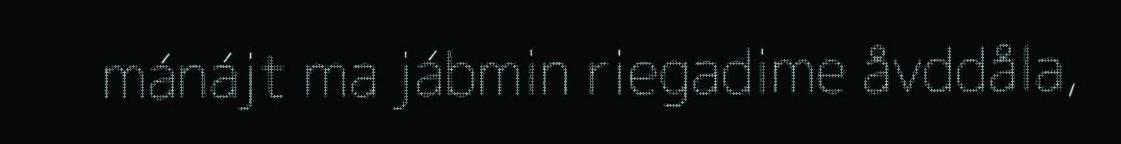
mánájt ma jábmin riegadime åvddåla,